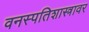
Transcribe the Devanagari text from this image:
वनस्पतिशास्त्रावर